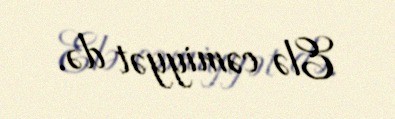
Elə cəmiyyət də.